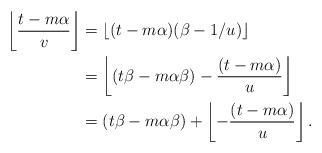
LaTeX: \begin{align*}\left\lfloor \frac{t-m\alpha}{v} \right\rfloor &= \lfloor(t-m\alpha)(\beta-1/u) \rfloor \\& = \left\lfloor (t\beta-m\alpha\beta)-\frac{(t-m\alpha)}{u}\right\rfloor \\& = (t\beta-m\alpha\beta)+\left\lfloor -\frac{(t - m\alpha)}{u}\right\rfloor.\end{align*}